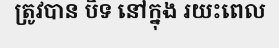
ត្រូវបាន បិទ នៅក្នុង រយះពេល